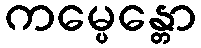
ကမ္ပေန္တော